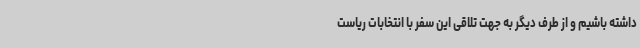
داشته باشیم و از طرف دیگر به جهت تلاقی این سفر با انتخابات ریاست‌